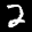
Label: 2